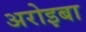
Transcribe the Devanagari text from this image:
अरोइबा